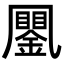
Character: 䥚